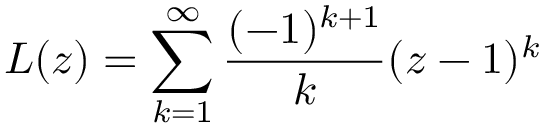
L ( z ) = \sum _ { k = 1 } ^ { \infty } { \frac { ( - 1 ) ^ { k + 1 } } { k } } ( z - 1 ) ^ { k }